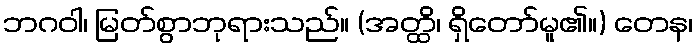
ဘဂဝါ၊ မြတ်စွာဘုရားသည်။ (အတ္ထိ၊ ရှိတော်မူ၏။) တေန၊